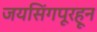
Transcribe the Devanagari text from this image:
जयसिंगपूरहून